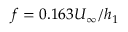
f = 0 . 1 6 3 U _ { \infty } / h _ { 1 }